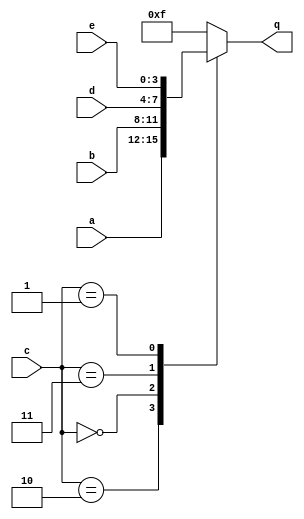
module top_module (
    input [3:0] a,
    input [3:0] b,
    input [3:0] c,
    input [3:0] d,
    input [3:0] e,
    output [3:0] q );


	always@(*)begin
		q = 4'hf;
		case(c)
			4'h 2 : q = a;
			4'h 0 : q = b;
			4'h 3 : q = d;
			4'h 1 : q = e;
        endcase	
	end
	
endmodule